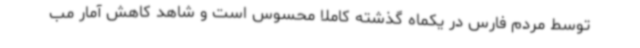
توسط مردم فارس در یکماه گذشته کاملا محسوس است و شاهد کاهش آمار مب